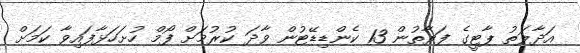
އަދާލަތު ޕާޓީގެ ފަރާތުން 13 ކެންޑިޑޭޓުން ވާދަ ކުރުމަށް ފޯމް ހުށަހަޅާފައިވާ ކަމަށް